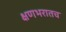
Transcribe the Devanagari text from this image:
क्षणभरातच